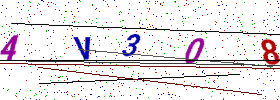
Text: 4V308